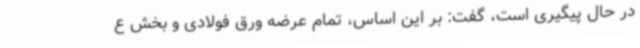
در حال پیگیری است، گفت: بر این اساس، تمام عرضه ورق فولادی و بخش ع